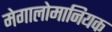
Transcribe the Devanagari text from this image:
मेगालोमानियक